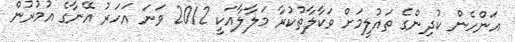
އަންހެން ކުދިންގެ ތައުލީމަށް ވަކާލާތުކުރާ މަލާލާއަކީ 2012 ވަނަ އަހަރު އޭނާގެ އުމުރުން